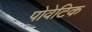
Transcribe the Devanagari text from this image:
पोवेटिक